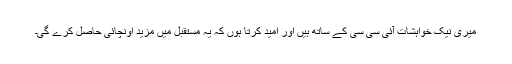
میری نیک خواہشات آئی سی سی کے ساتھ ہیں اور امید کرتا ہوں کہ یہ مستقبل میں مزید اونچائی حاصل کرے گی۔